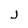
Character: j